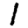
Digit: 1